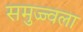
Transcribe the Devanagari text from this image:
समुज्ज्वला